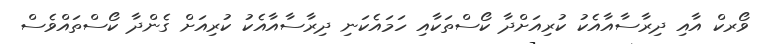
ވޯރކް އާއި ދިރާސާއާއެކު ކުރިއަށްދާ ކޯސްތަކާއި ހަމައެކަނި ދިރާސާއާއެކު ކުރިއަށް ގެންދާ ކޯސްތައްވެސް